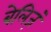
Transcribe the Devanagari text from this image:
बेलिज़ं